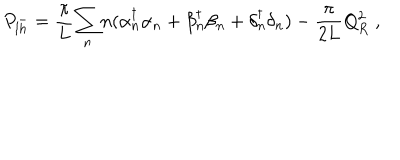
P _ { l h } ^ { - } = { \frac { \pi } { L } } { \sum _ { n } } n ( \alpha { _ n ^ { \dagger } } \alpha _ { n } + \beta { _ n ^ { \dagger } } \beta _ { n } + \delta { _ n ^ { \dagger } } \delta _ { n } ) - { \frac { \pi } { 2 L } } Q _ { R } ^ { 2 } \; ,